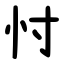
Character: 忖